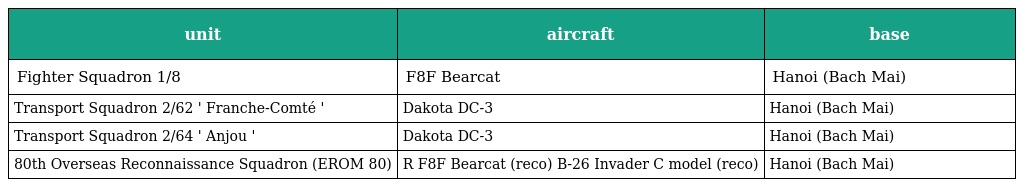
| unit | aircraft | base |
 | --- | --- | --- |
 | Fighter Squadron 1/8 | F8F Bearcat | Hanoi (Bach Mai) |
 | Transport Squadron 2/62 ' Franche-Comté ' | Dakota DC-3 | Hanoi (Bach Mai) |
 | Transport Squadron 2/64 ' Anjou ' | Dakota DC-3 | Hanoi (Bach Mai) |
 | 80th Overseas Reconnaissance Squadron (EROM 80) | R F8F Bearcat (reco) B-26 Invader C model (reco) | Hanoi (Bach Mai) |